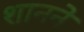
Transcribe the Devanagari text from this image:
शानने